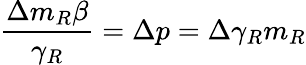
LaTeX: \frac{\Delta m_{R}\beta}{\gamma_{R}}=\Delta p=\Delta\gamma_{R}m_{R}